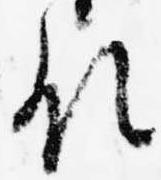
領